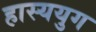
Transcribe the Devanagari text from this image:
हास्ययुग